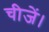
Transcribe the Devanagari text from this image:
चीजें।